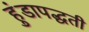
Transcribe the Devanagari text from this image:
हुंडापद्धती